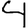
Digit: 4